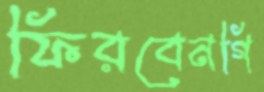
ফিরবেনগি